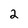
Character: 2